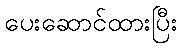
ပေးဆောင်ထားပြီး